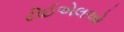
ટીઈએલઓ